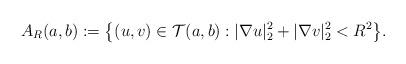
LaTeX: \begin{align*}A_R(a,b):=\bigl\{(u,v)\in \mathcal{T}(a,b):|\nabla u|^2_2+|\nabla v|^2_2<R^2\bigr\}.\end{align*}